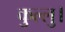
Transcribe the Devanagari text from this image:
कुल्‍लु।